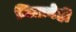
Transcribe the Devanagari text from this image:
मित्रानेही